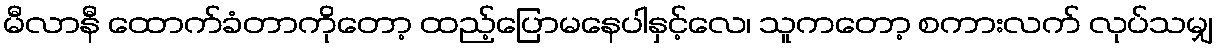
မီလာနီ ထောက်ခံတာကိုတော့ ထည့်ပြောမနေပါနှင့်လေ၊ သူကတော့ စကားလက် လုပ်သမျှ